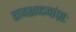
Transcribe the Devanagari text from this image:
राजशब्दमांध्राः